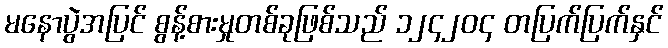
မနောပွဲအပြင် စွန့်စားမှုတစ်ခုဖြစ်သည် ၁၂၄၂၀၄ တပြက်ပြက်နှင်